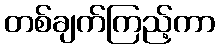
တစ်ချက်ကြည့်ကာ